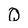
Character: Q